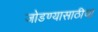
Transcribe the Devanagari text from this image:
जोडण्यासाठीचा